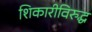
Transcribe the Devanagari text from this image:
शिकारीविरुद्ध